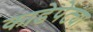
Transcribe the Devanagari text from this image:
काडेपेट्या